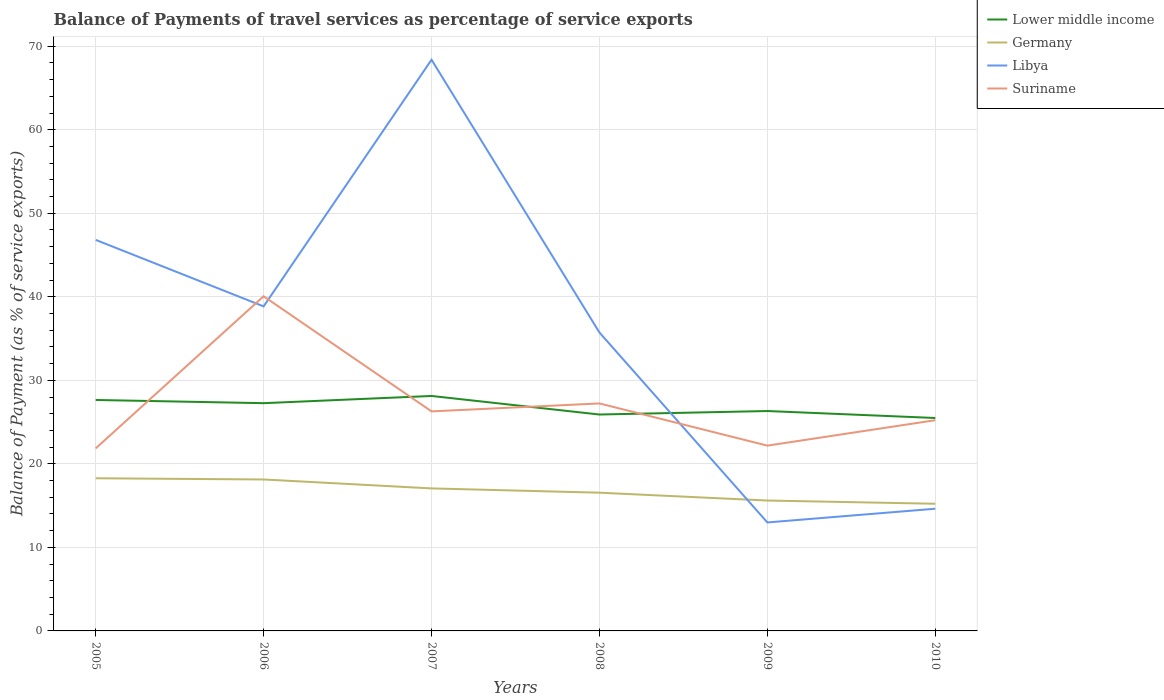
| Years | Lower middle income | Germany | Libya | Suriname |
 | --- | --- | --- | --- | --- |
 | 2005 | 27.7 | 18.3 | 46.8 | 21.9 |
 | 2006 | 27.3 | 18.1 | 38.9 | 40.1 |
 | 2007 | 28.1 | 17.1 | 68.4 | 26.3 |
 | 2008 | 25.9 | 16.5 | 35.7 | 27.2 |
 | 2009 | 26.3 | 15.6 | 13 | 22.2 |
 | 2010 | 25.5 | 15.2 | 14.6 | 25.2 |